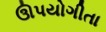
ઊપયોગીતા